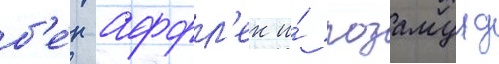
б'е́н аффл'ек и́ розамунд